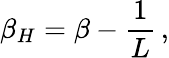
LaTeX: \beta_{H}=\beta-{\frac{1}{L}}\, ,